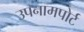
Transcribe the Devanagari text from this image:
उपनामपोर्ट